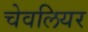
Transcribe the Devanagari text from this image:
चेवलियर